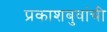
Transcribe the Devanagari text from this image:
प्रकाशबुवांची